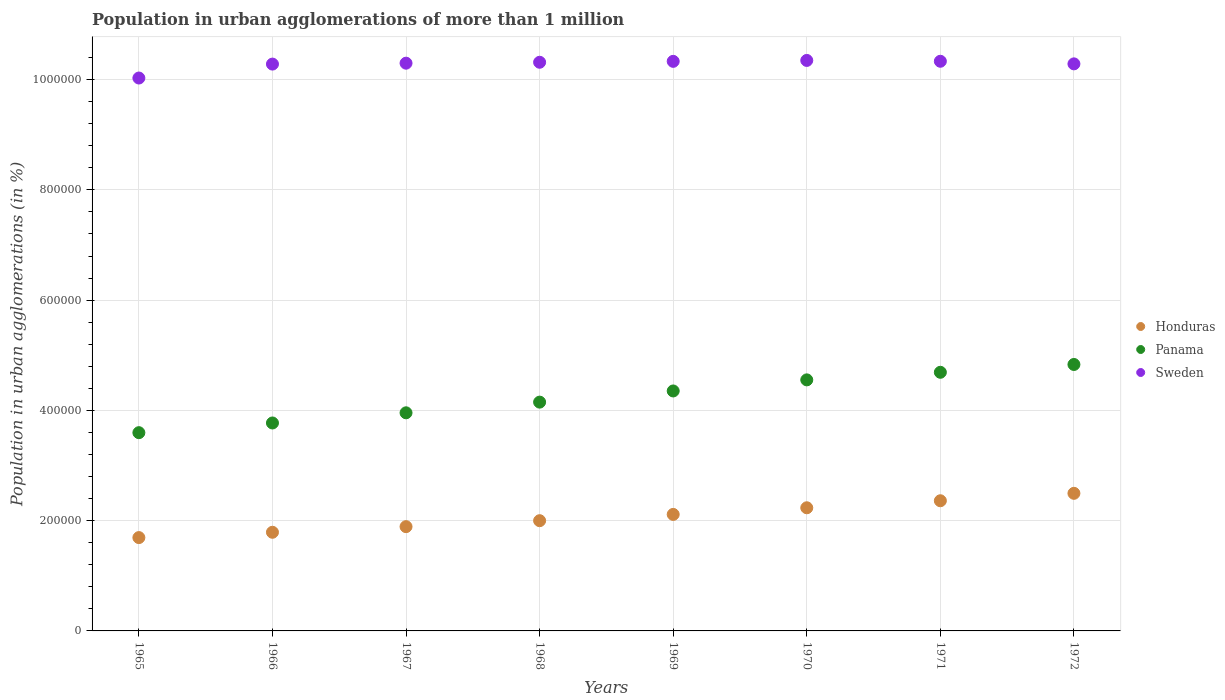
| Years | Honduras | Panama | Sweden |
 | --- | --- | --- | --- |
 | 1965 | 1.69e+05 | 3.6e+05 | 1e+06 |
 | 1966 | 1.79e+05 | 3.77e+05 | 1.03e+06 |
 | 1967 | 1.89e+05 | 3.96e+05 | 1.03e+06 |
 | 1968 | 2e+05 | 4.15e+05 | 1.03e+06 |
 | 1969 | 2.11e+05 | 4.35e+05 | 1.03e+06 |
 | 1970 | 2.23e+05 | 4.55e+05 | 1.03e+06 |
 | 1971 | 2.36e+05 | 4.69e+05 | 1.03e+06 |
 | 1972 | 2.5e+05 | 4.83e+05 | 1.03e+06 |